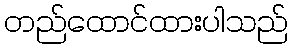
တည်ထောင်ထားပါသည်